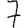
Digit: 7